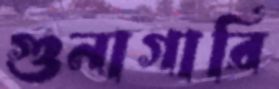
গুনাগারি